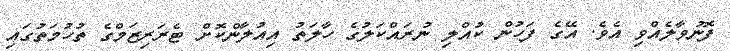
ފޮނުވާލެއްވި އެވެ. އޭގެ ފަހުން ކުއްލި ނުރައްކަލުގެ ހާލަތު އިއުލާންކޮށް ޓެރަރިޒަމްގެ ތުހުމަތުގައި